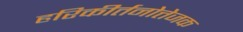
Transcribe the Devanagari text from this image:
हरिकीर्तनोत्तेजक